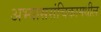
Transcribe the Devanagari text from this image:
अभ्याससंचिकामधील